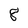
Character: 8